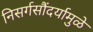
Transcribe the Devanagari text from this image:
निसर्गसौंदर्यामुळे